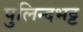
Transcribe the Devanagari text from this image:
पुलिन्दभट्ट